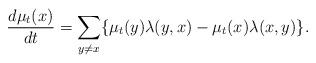
LaTeX: \begin{align*}\frac{d\mu_t(x)}{dt}=\sum_{y\neq x}\{\mu_t(y)\lambda(y,x)-\mu_t(x)\lambda(x,y)\}.\end{align*}